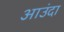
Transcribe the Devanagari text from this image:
आउंदा